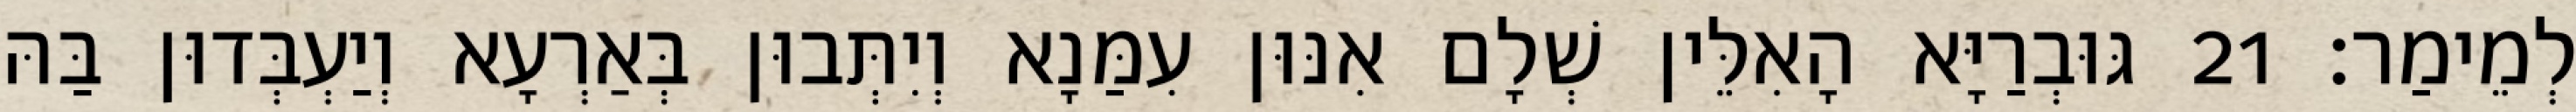
לְמֵימַר׃ 21 גּוּבְרַיָּא הָאִלֵּין שְׁלָם אִנּוּן עִמַּנָא וְיִתְּבוּן בְּאַרְעָא וְיַעְבְּדוּן בַּהּ